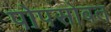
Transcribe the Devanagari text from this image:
पोपसोबत